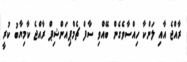
ރާއްޖެ އާއި ލަންކާ ހިއްސާވެގެން ބޭއްވި ސާފް ޗެމްޕިއަންޝިޕް ރާއްޖެ ކާމިޔާބު ކުރީ